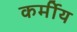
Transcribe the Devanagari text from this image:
कर्मीय